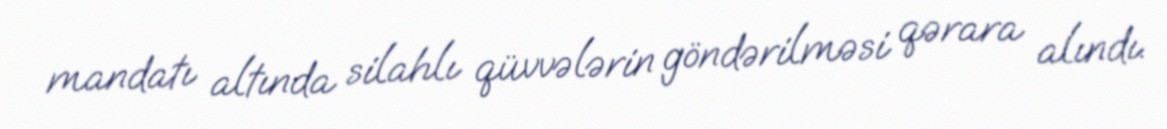
mandatı altında silahlı qüvvələrin göndərilməsi qərara alındı.